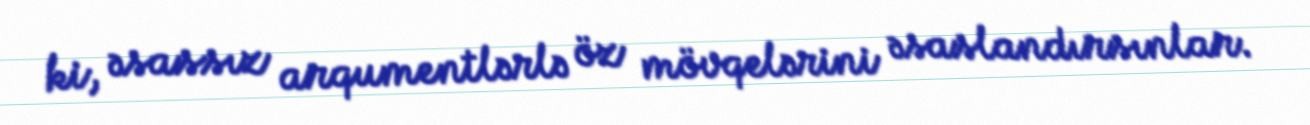
ki, əsassız arqumentlərlə öz mövqelərini əsaslandırsınlar.